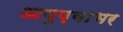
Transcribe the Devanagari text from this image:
आयुष्याभर